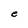
Character: e